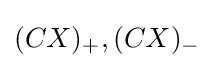
(CX)_{+},(CX)_{-}